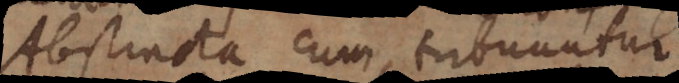
Abstracta cum tribuuntur